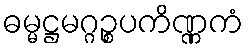
ဓမ္မဋ္ဌမဂ္ဂဉ္စပကိဏ္ဏကံ